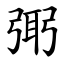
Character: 㢽